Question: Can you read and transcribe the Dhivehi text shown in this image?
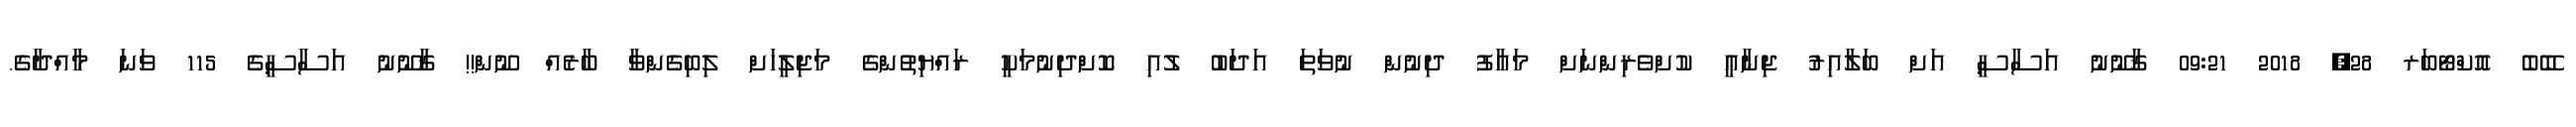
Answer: ބޭބެ އޮކްޓޯބަރ 28, 2018 09:21 ޤާނޫނު އަސާސީ އަށް ބަލާއިރު ޖިނާޢީ ކުށްވެރިންނަށް މައާފު ދިނުން ނުވަތަ އަދަބު ލުއި ކޮށްދިނުމަކީ ރައްޔިތުންގެ މަޖިލީހަށް ލިބިގެންވާ ބާރެއް ނޫން!! ޤާނޫނު އަސާސީގެ 115 ވަނަ މާއްދާގެ.